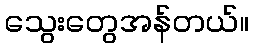
သွေးတွေအန်တယ်။